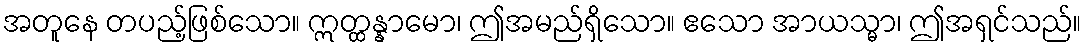
အတူနေ တပည့်ဖြစ်သော။ ဣတ္ထန္နာမော၊ ဤအမည်ရှိသော။ ဧသော အာယသ္မာ၊ ဤအရှင်သည်။